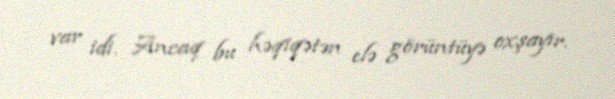
var idi. Ancaq bu həqiqətən elə görüntüyə oxşayır.